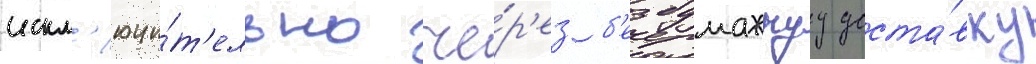
искл'ючи́т'ельно че́р'ез б'езбумажнуу доста́вку